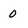
Character: 0